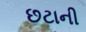
છટાની